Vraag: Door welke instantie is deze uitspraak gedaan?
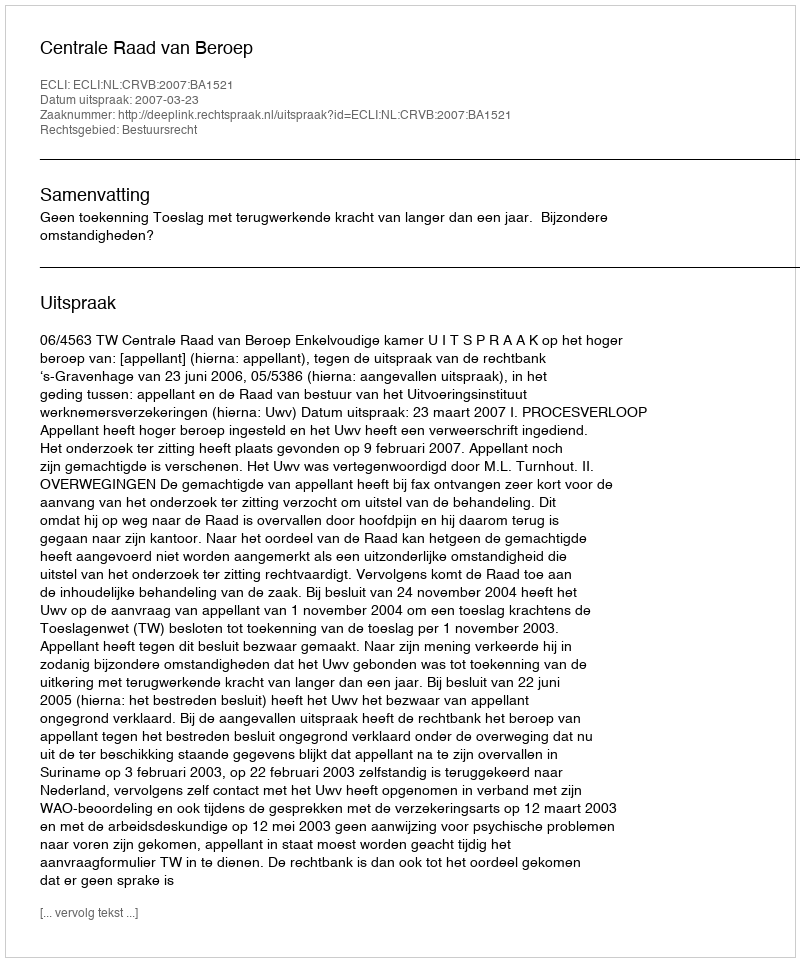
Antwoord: Centrale Raad van Beroep